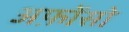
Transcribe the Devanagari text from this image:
अफ़ोंसो